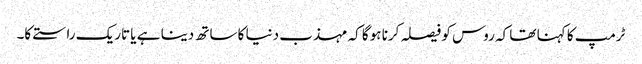
ٹرمپ کا کہنا تھا کہ روس کو فیصلہ کرنا ہوگا کہ مہذب دنیا کا ساتھ دینا ہے یا تاریک راستے کا۔